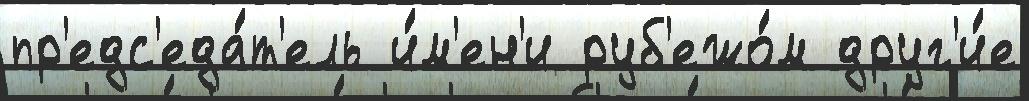
пр'едс'еда́т'ель и́м'ен'и руб'ежо́м друг'и́е